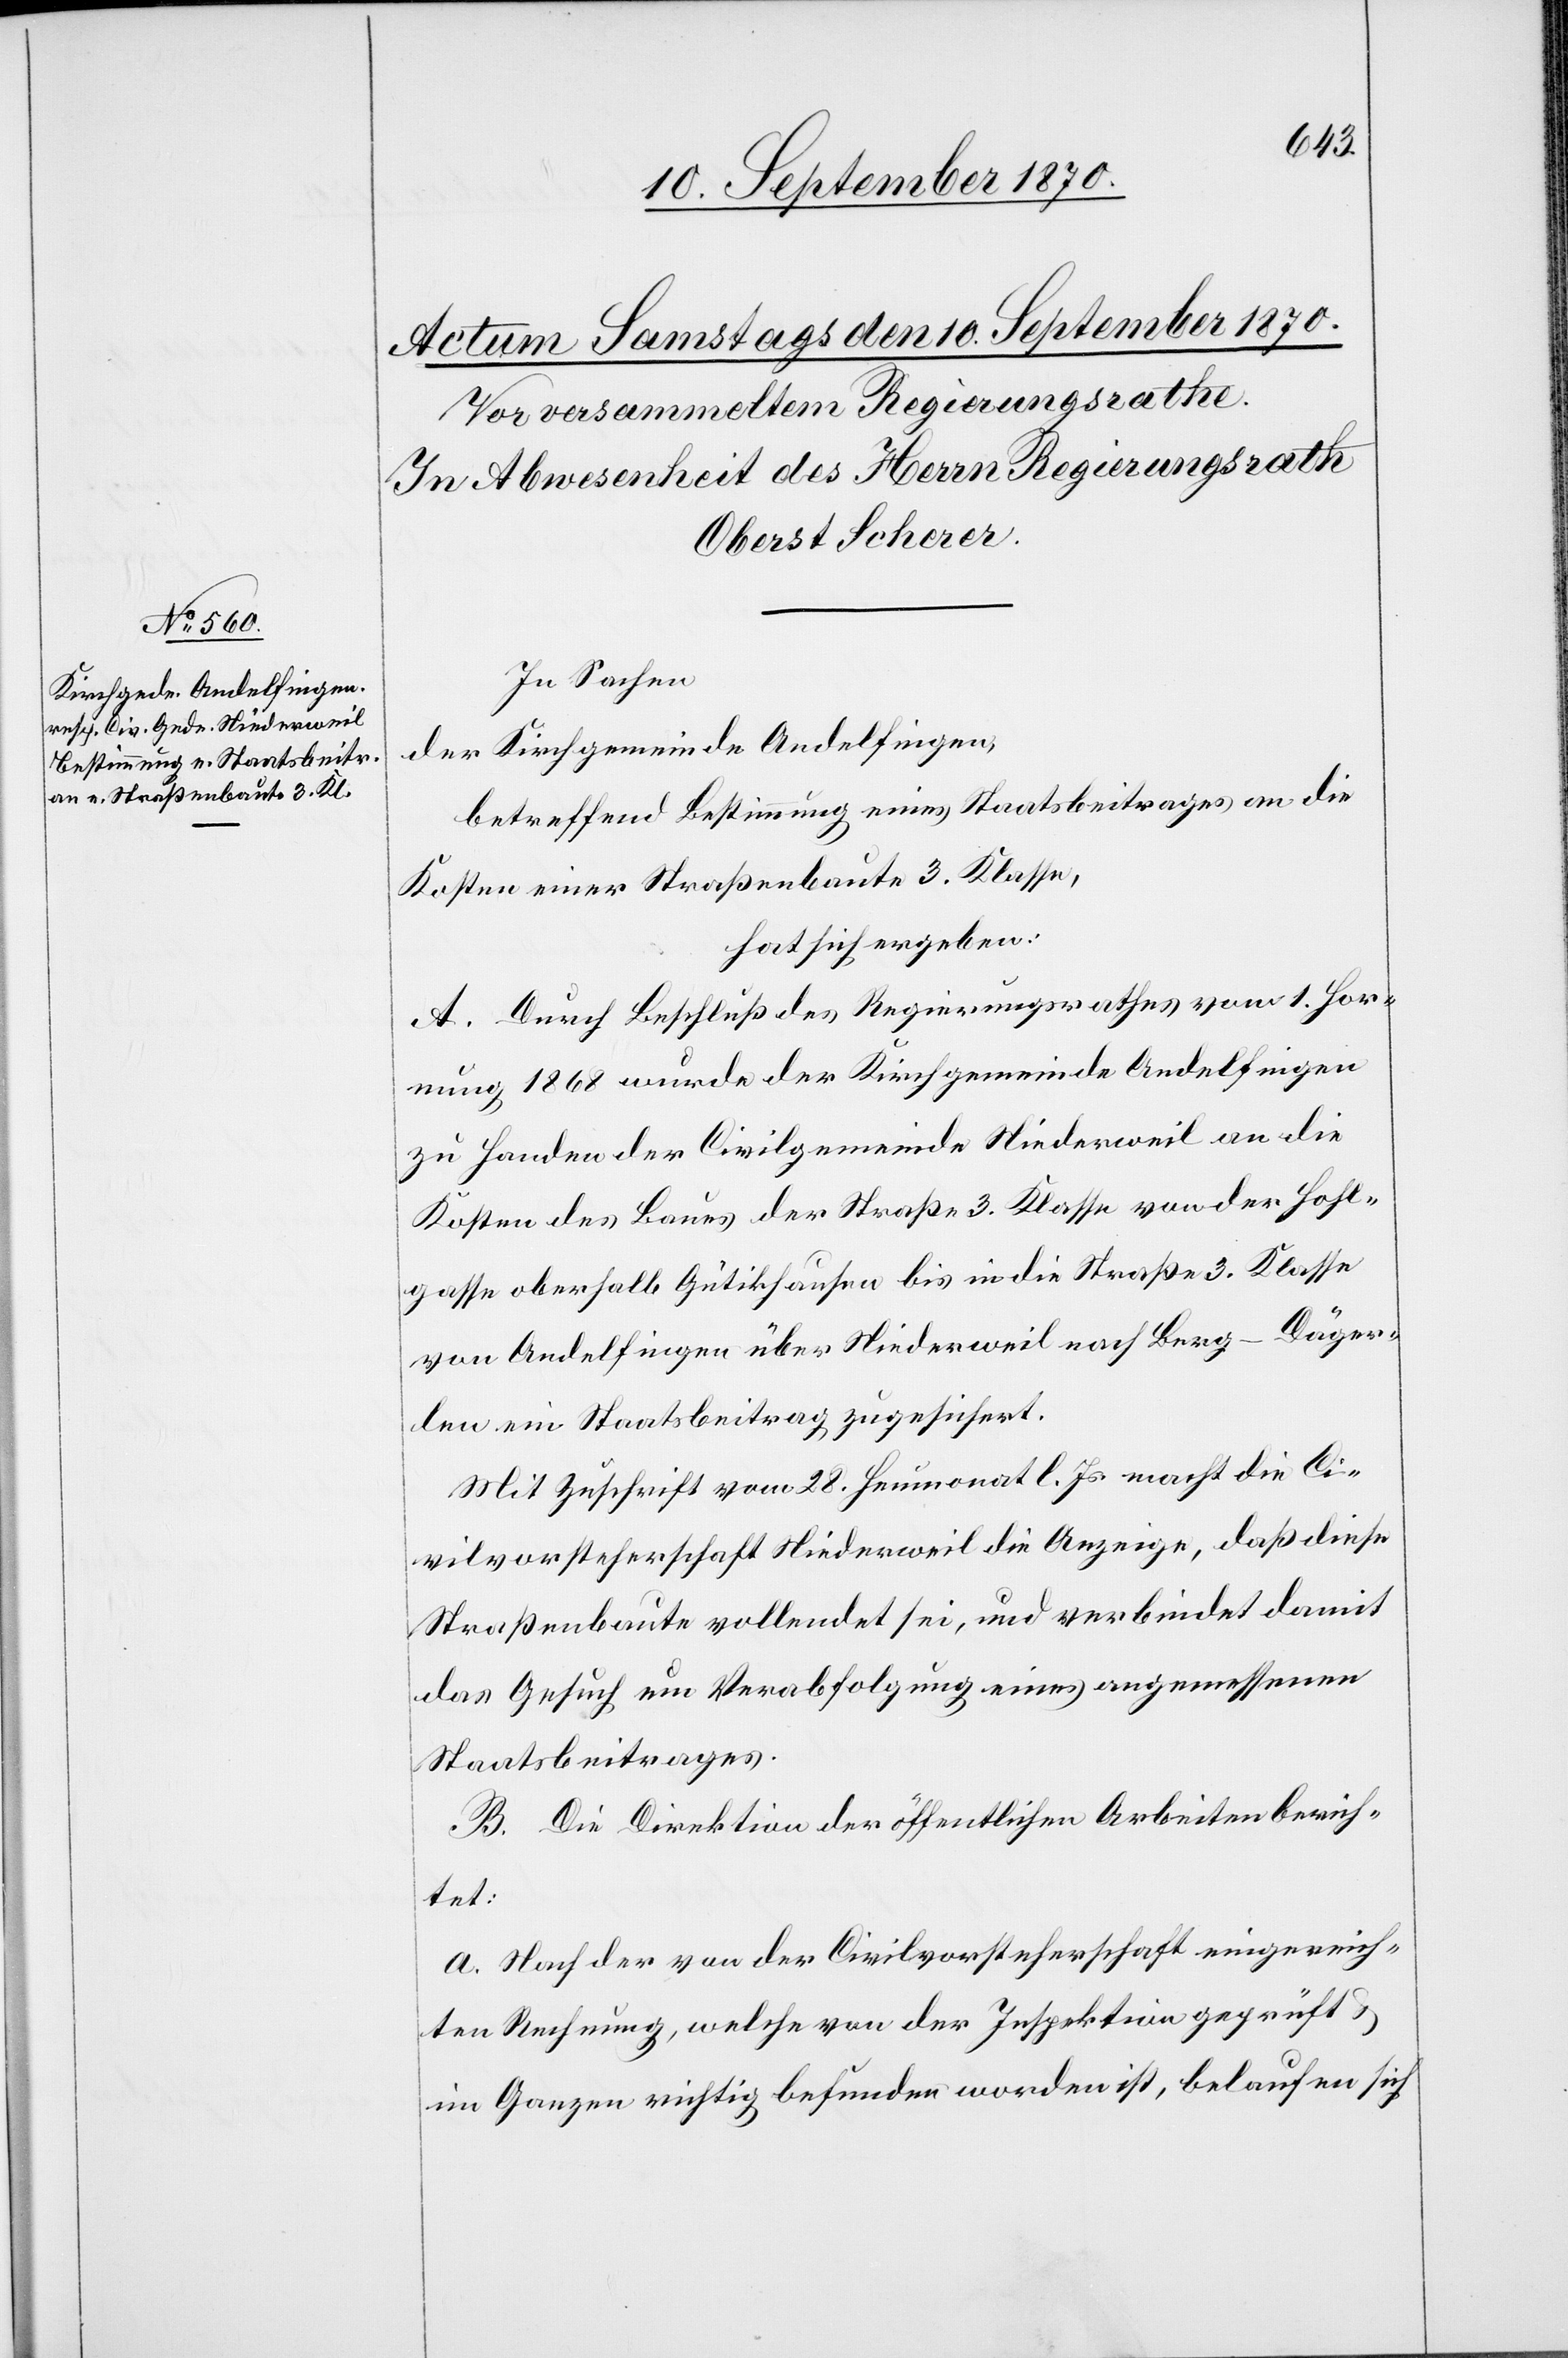
In Sachen
der Kirchgemeinde Andelfingen,
betreffend Bestimmung eines Staatsbeitrages an die
Kosten einer Straßenbaute 3. Klasse,
hat sich ergeben:
A. Durch Beschluß des Regierungsrathes vom 1. Hor¬
nung 1868 wurde der Kirchgemeinde Andelfingen
zu Handen der Civilgemeinde Niederweil an die
Kosten des Baues der Straße 3. Klasse von der Hohl¬
gasse oberhalb Gütikhausen bis in die Straße 3. Klasse
von Andelfingen über Niederweil nach Berg - Däger¬
len ein Staatsbeitrag zugesichert.
Mit Zuschrift vom 28. Heumonat l. Js. macht die Ci¬
vilvorsteherschaft Niederweil die Anzeige, daß diese
Straßenbaute vollendet sei, und verbindet damit
das Gesuch um Verabfolgung eines angemessenen
Staatsbeitrages.
B. Die Direktion der öffentlichen Arbeiten berich¬
tet:
a. Nach der von der Civilvorsteherschaft eingereich¬
ten Rechnung, welche von der Inspektion geprüft &
im Ganzen richtig befunden worden ist, belaufen sich